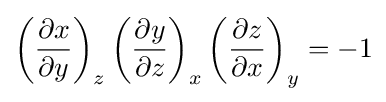
\left({\frac {\partial x}{\partial y}}\right)_{z}\left({\frac {\partial y}{\partial z}}\right)_{x}\left({\frac {\partial z}{\partial x}}\right)_{y}=-1